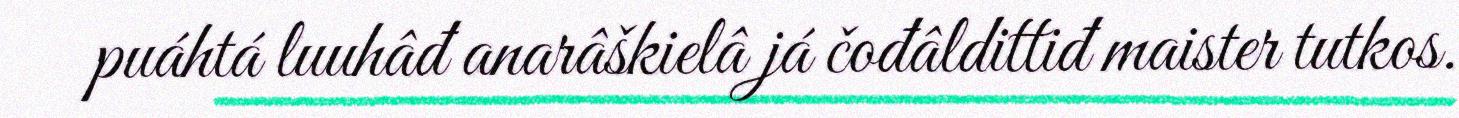
puáhtá luuhâđ anarâškielâ já čođâldittiđ maister tutkos.